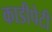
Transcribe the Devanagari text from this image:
काडीपेटी